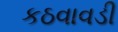
કઠવાવડી